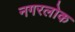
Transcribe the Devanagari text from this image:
नगरलोक